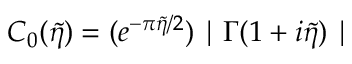
C _ { 0 } ( \tilde { \eta } ) = ( e ^ { - \pi \tilde { \eta } / 2 } ) \mid \Gamma ( 1 + i \tilde { \eta } ) \mid